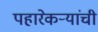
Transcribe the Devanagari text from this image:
पहारेकऱ्यांची